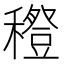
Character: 𥣎